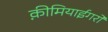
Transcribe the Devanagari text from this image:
क़ीमियाईगरों